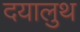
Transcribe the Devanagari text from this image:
दयालुथ